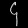
Digit: ၄